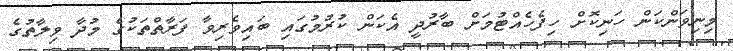
މިނިވަންކަން ހަނިކޮށް ހިފެހެއްޓުމަށް ބާރުދީ އެކަން ކުރުމުގައި ބައިވެރިވާ ފަރާތްތަކުގެ މުދާ ވިލާތުގެ